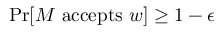
{ \mathrm { P r } } [ M { \mathrm { ~ a c c e p t s ~ } } w ] \geq 1 - \epsilon